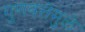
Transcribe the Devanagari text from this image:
गुणवत्तेमुळे